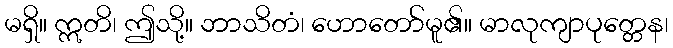
မရှိ။ ဣတိ၊ ဤသို့။ ဘာသိတံ၊ ဟောတော်မူ၏။ မာလုကျာပုတ္တေန၊